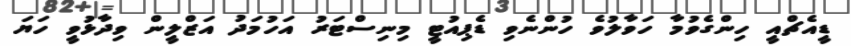
ޑީއެޗްއީ ހިންގެވުމާ ހަވާލުވެ ހުންނެވި ޑެޕިއުޓީ މިނިސްޓަރު އަހުމަދު އަޒްލީން ވިދާޅުވީ ހަޔަ